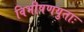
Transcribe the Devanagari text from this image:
विभीषणयुताः